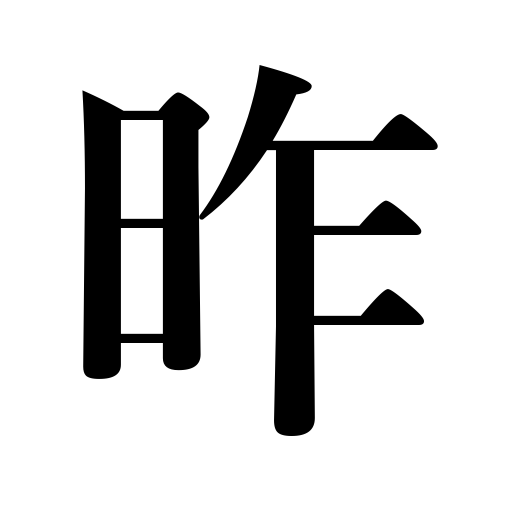
Meanings: the past,yesterday,last year